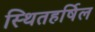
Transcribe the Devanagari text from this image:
स्थितहर्षिल